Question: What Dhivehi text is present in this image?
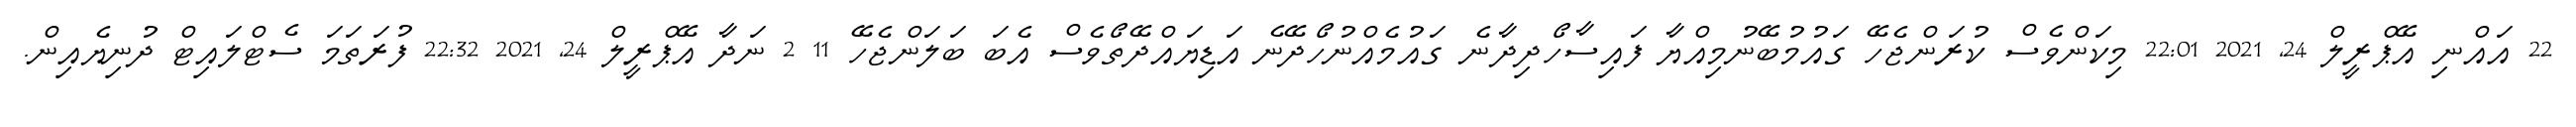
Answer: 22 އައްނި އޭޕްރީލް 24, 2021 22:01 މިކަންވެސް ކުރަންޖެހޭ ގައުމުބޭނުމިއްޔާ ފައިސާހޯދިދާނެ ގައުމެއްނުހޯދޭނެ އަޑިޔައްދޭތޯވެސް އެބަ ބަލަންޖެހޭ 11 2 ނަދާ އޭޕްރީލް 24, 2021 22:32 ފުރަތަމަ ސެޓްލައިޓް ދުނިޔެއިން.